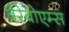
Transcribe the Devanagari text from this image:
बैरेबोएम्स